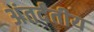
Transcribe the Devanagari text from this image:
अंतर्दंतीय